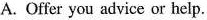
A. Offer you advice or help.